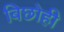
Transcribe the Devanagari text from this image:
बिछोही